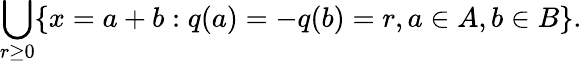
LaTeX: \bigcup_{r\geq 0}\{ x=a+b:q(a)=-q(b)=r,a\in A,b\in B\} .